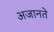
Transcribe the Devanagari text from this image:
अजानते